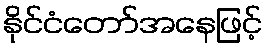
နိုင်ငံတော်အနေဖြင့်